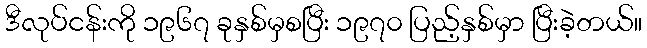
ဒီလုပ်ငန်းကို ၁၉၆၇ ခုနှစ်မှစပြီး ၁၉၇၀ ပြည့်နှစ်မှာ ပြီးခဲ့တယ်။